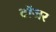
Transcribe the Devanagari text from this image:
टॉजर